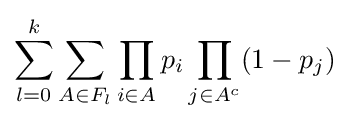
\sum \limits _{l=0}^{k}\sum \limits _{A\in F_{l}}\prod \limits _{i\in A}p_{i}\prod \limits _{j\in A^{c}}(1-p_{j})